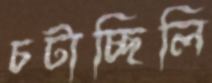
চটাচ্ছিলি